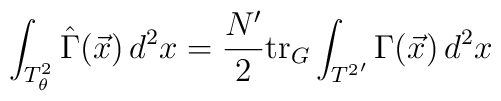
\int_{T^2_\theta}\hat{\Gamma}(\vec x)\, d^2x =\frac{N'}{2} {\rm tr}_G\int_{{T^2}'} \Gamma(\vec x)\, d^2x